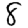
Digit: 8